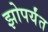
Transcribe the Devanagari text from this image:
झोपर्यंत